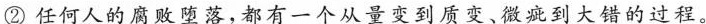
②任何人的腐败堕落，都有一个从量变到质变、微疵到大错的过程。